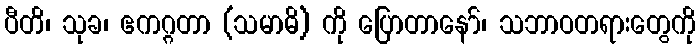
ပီတိ၊ သုခ၊ ဧကဂ္ဂတာ (သမာဓိ) ကို ပြောတာနော်၊ သဘာဝတရားတွေကို